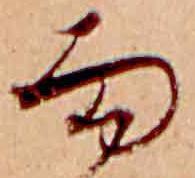
面